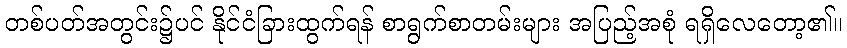
တစ်ပတ်အတွင်း၌ပင် နိုင်ငံခြားထွက်ရန် စာရွက်စာတမ်းများ အပြည့်အစုံ ရရှိလေတော့၏။